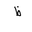
Letter: _za